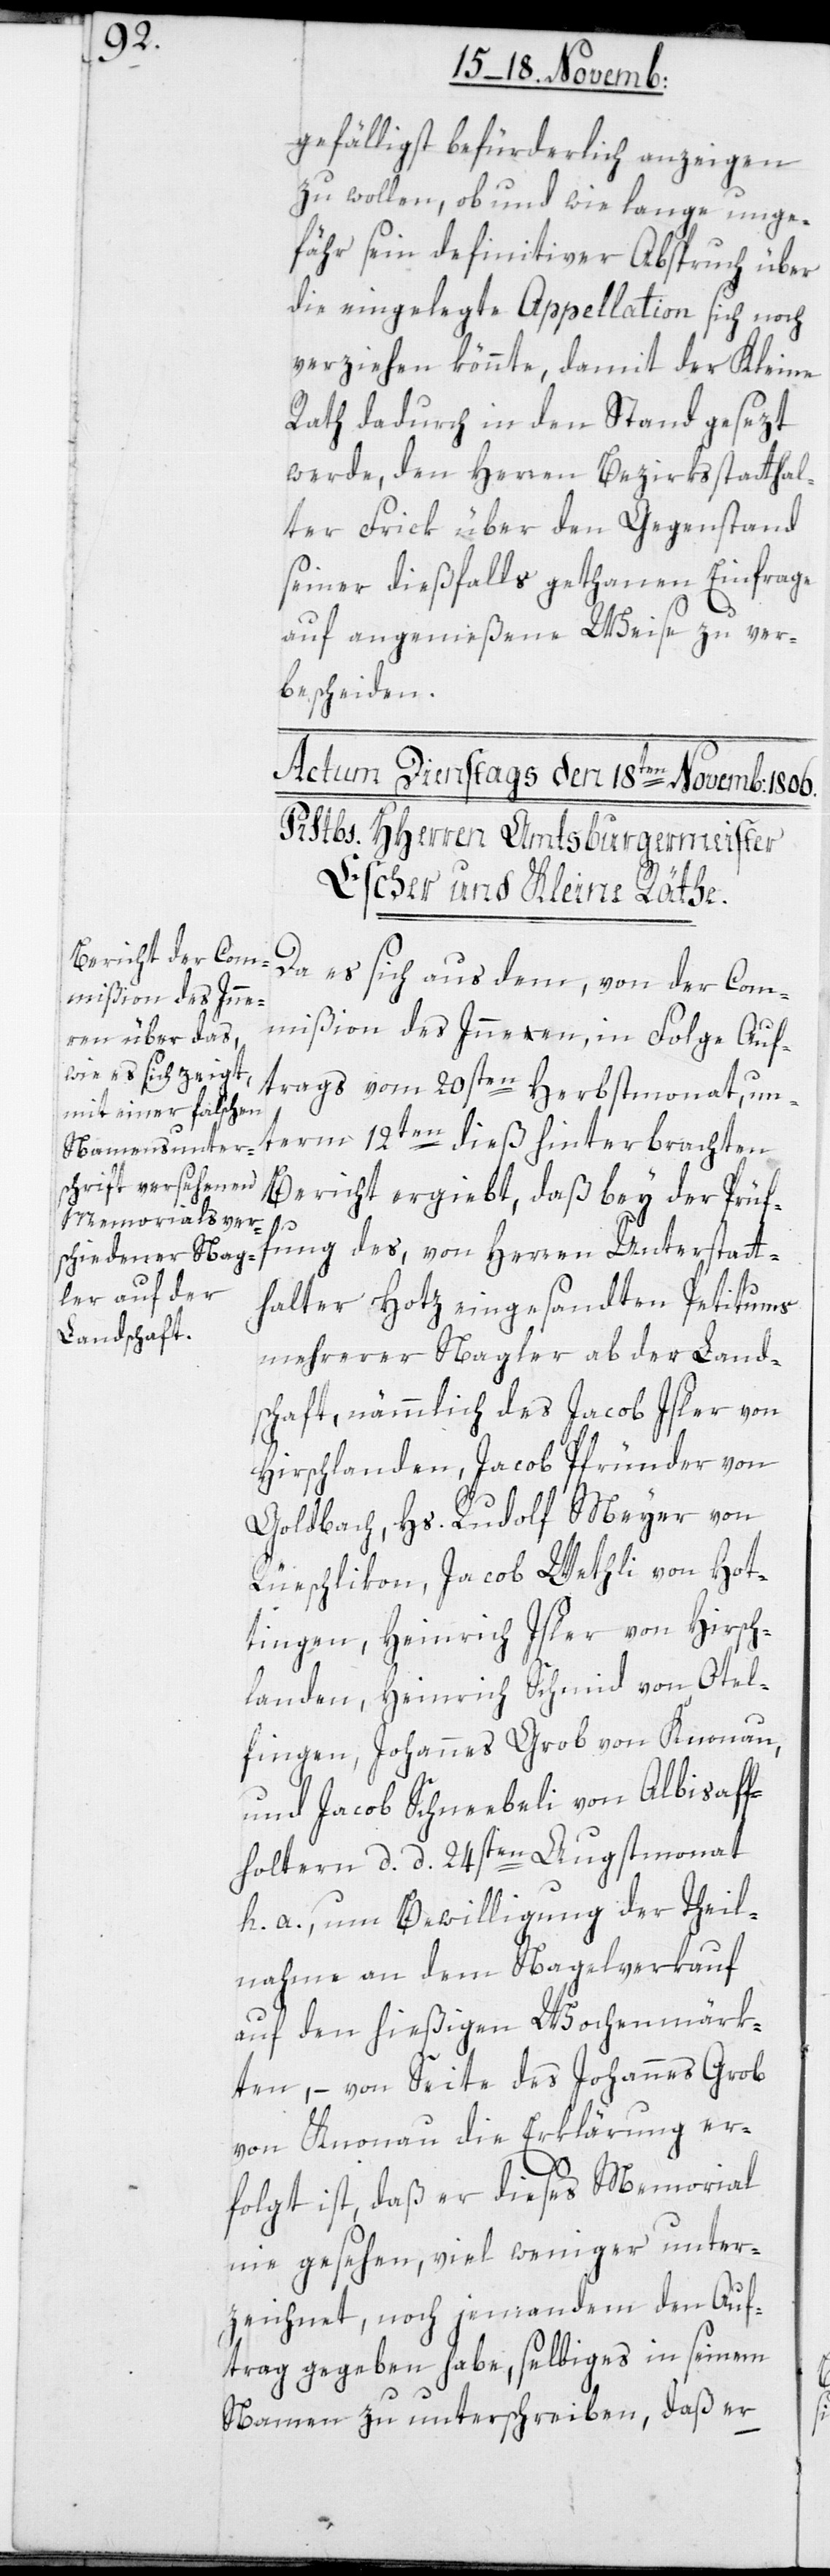
gefälligst befürderlich anzeigen
zu wollen, ob und wie lange unge¬
fähr sein definitiver Abspruch über
die eingelegte Appellation sich noch
verziehen könnte, damit der Kleine
Rath dadurch in den Stand gesezt
werde, den Herren Bezirksstatthal¬
ter Frick über den Gegenstand
seiner dießfalls getanen Einfrage
auf angemeßene Weise zu ver¬
bescheiden.
Da es sich aus dem, von der Com¬
mißion des Inneren, in Folge Auf¬
trags vom 20sten Herbstmonat, un¬
term 12ten dieß hinterbrachten
Bericht ergiebt, daß bey der Prüf¬
ung des, von Herren Unterstatt¬
halter Hotz eingesandten Petitums
mehrerer Nagler ab der Land¬
schaft, nämmlich des Jacob Isler von
Hirslanden, Jacob Pfründer von
Goldbach, Hs. Rudolf Meyer von
Rüeschlikon, Jacob Wethli von Hot¬
tingen, Heinrich Isler von Hirsch¬
landen, Heinrich Schmid von Otel¬
fingen, Johannes Grob von Knonau
und Jacob Schneebeli von Albisaf¬
foltern, d. d. 24sten Augstmonat
h. a., um Bewilligung der Teil¬
nahme an dem Nagelverkauf
auf den hießigen Wochenmärk¬
ten, – von Seite des Johannes Grob
von Knonau die Erklärung er¬
folgt ist, daß er dieses Memorial
nie gesehen, viel weniger unter¬
zeichnet, noch jemandem den Auf¬
trag gegeben habe, selbiges in seinem
Namen zu unterschreiben, daß er